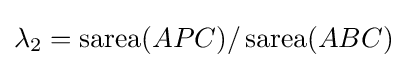
\lambda _{2}=\operatorname {sarea} (APC)/\operatorname {sarea} (ABC)